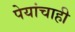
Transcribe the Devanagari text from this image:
पेयांचाही